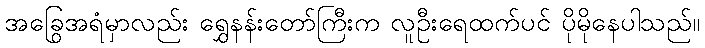
အခြွေအရံမှာလည်း ရွှေနန်းတော်ကြီးက လူဦးရေထက်ပင် ပိုမိုနေပါသည်။